Report on vaccination in Madras 1922-1929 - 1922-1929
Year: 1922
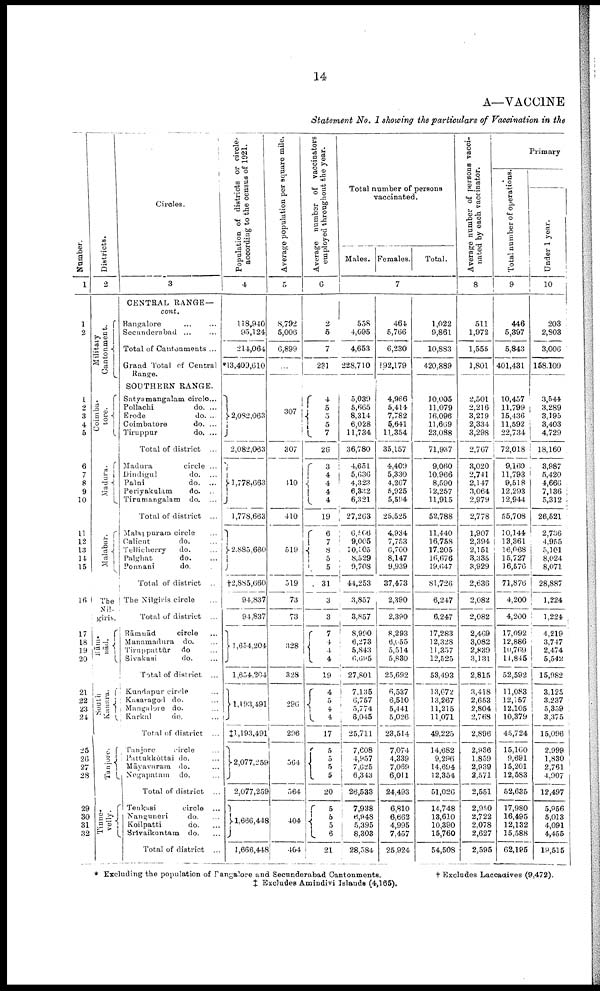
14
A—VACCINE
Statement
No. I showing the particulars
of Vaccination in the
Number.
1
1
2
1
2
3
4
5
6
7
8
9
10
11
12
13
14
15
16
17
18
19
20
21
22
23
24
25
26
27
28
29
20
21
32
Districts.
2
Military
Cantonment.
Coimba-
tore.
Madura.
Malabar.
The
Nil-
giris.
R ā m -
nād.
South
Kanara.
Tanjore.
Tinne-
velly.
Circles.
3
CENTRAL RANGE—
cont.
Bangalore... ...
Secunderabad... ... ...
Total of Cantonments ...
Grand Total of Central
Range.
SOUTHERN RANGE.
Satyamangalam circle...
Pollachi
do. ...
Erode
do. ...
Coimbatore
do. ...
Tiruppur
do. ...
Total of district ...
Madura
circle ...
Dindigul
do. ...
Palni
do. ...
Periyakulam
do. ...
Tirumangalam
do. ...
Total of district ...
Malappurarm circle ...
Calicut
do. ...
Tellicherry
do. ...
Palghat
do. ...
Ponnani
do. ...
Total of district...
The Nilgiris circle...
Total of district ...
Rāmnād
circle
Manamadura do. ...
Tiruppattūr do...
Sivakasi
do. ...
Total of district ...
Kundapur circle...
Kasaragod do. ...
Mangalore do. ...
Karkal
do. ...
Total of district
Tanjore
circle...
Pattukkōttai do. ...
Māyavaram do. ...
Negapatam
do. ...
Total of district ...
Tenkasi
circle ...
Nanguneri
do. ...
Koilpatti
do. ...
Srivaikuntam do. ...
Total of district ...
Population of districts or circle-
acoording to the census of 1921.
4
118,940
95,124
214,064
*13,409,610
2,082,063
2,082,063
3,778,663
1,778,663
2,885,660
†2,885,660
94,837
94,837
1,654,204
1,654,204
1,193,491
‡1,193,491
2,077,259
2,077,259
1,666,448
l,666,448
Average population per square mile.
5
8,792
5,006
6,899
...
307
307
410
410
519
519
73
73
328
328
296
296
564
564
404
404
Average number of vaccinators
employed throughout the year.
6
2
5
7
231
4
5
5
5
7
26
3
4
4
4
4
19
6
7
8
5
5
31
3
3
7
4
4
4
19
4
5
4 4
17
5
5
5
5
20
5
5
5
6
21
Total number of persons
vaccinated.
Males. Females.
Total.
7
558
4,095
4,653
228,710
5,039
5,665
8,314
6,028
11,734
36,780
4,651
5,636
4,323
6,332
6,321
27,263
6,566
9,005
10,005
8,529
9,708
44,253
3,857
3,857
8,990
6,273
5,843
6,695
27,801
7,135
6,757
5,774
6,045
25,711
7,008
4,957
7,625
6,343
26,533
7,938
6,948
5,395
8,303
28,384
464
5,766
6,230
192,179
4,966
5,414
7,782
5,641
11,354
35,157
4,409
5,330
4,267
5,925
5,594
25,525
4,934
7,753
6,700
8,147
9,939
37,473
2,390
2,390
8,293
6,055
5,514
5,830
25,692
6,537
6,510
5,441
5,026
23,514
7,074
4,339
7,069
6,011
24,493
6,810
6,662
4,995
7,457
25,924
1,022
9,861
10,883
420,889
10,005
11,079
16,096
11,669
23,088
71,937
9,060
10,966
8,590
12,257
11,915
52,788
11,440
16,758
17,205
16,676
19,647
81,726
6,247
6,247
17,283
12,328
11,357
12,525
53,493
13,672
13,267
11,215
11,071
49,225
14,682
9,296
14,694
12,354
51,026
14,748
13,610
10,390
15,760
54,508
Average number of persons vacci-
nated by each vaccinator.
8
511
1,972
1,555
1,801
2,501
2,216
3,219
2,334
3,298
2,767
3,020
2,741
2,147
3,064
2,979
2,778
1,907
2,394
2,151
3,335
3,929
2,636
2,082
2,082
2,469
3,082
2,839
3,131
2,815
3,418
2,653
2,804
2,768
2,896
2,936
1,839
2,939
2,571
2,551
2,950
2,722
2,078
2,627
2,595
Primary
Total number of operations.
9
446
5,397
5,843
401,431
10,457
11,799
15,436
11,592
22,734
72,018
9,160
11,793
9,518
12,293
12,944
55,708
10,144
13,361
16,068
15,727
16,576
71,876
4,200
4,200
17,092
12,886
10,769
11,845
52,592
11,083
12,157
12,105
10,379
45,724
15,160
9,691
15,201
12,583
52,635
17,980
16,495
12,132
15,588
62,195
Under 1 year.
10
203
2,803
3,006
158,109
3,544
3,289
3,195
3,403
4,729
18,160
3,987
5,420
4,666
7,136
5,312
26,521
2,736
4,955
5,101
8,024
8,071
28,887
1,224
1,224
4,219
3,747
2,474
5,542
15,982
3,125
3,237
5,359
3,375
15,096
2,999
1,830
2,761
4,907
12,497
5,956
5,013
4,091
4,455
19,515
* Excluding the population of Bangalore and Secunderabad Cantonments.
† Excludes Laccadives (9,472).
‡ Excludes Amindivi Islands (4,165).